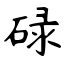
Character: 碌